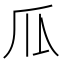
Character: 𰢛